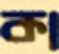
কা